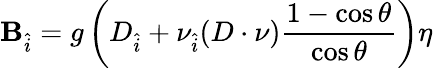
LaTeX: \mathbf{B}_{\hat{{i}}}=g\left(D_{\hat{{i}}}+\nu_{\hat{{i}}}(D\cdot\nu)\frac{{1-\cos\theta}}{{\cos\theta}}\right)\eta